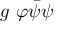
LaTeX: g \ \varphi { \bar { \psi } } \psi